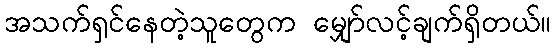
အသက်ရှင်နေတဲ့သူတွေက မျှော်လင့်ချက်ရှိတယ်။